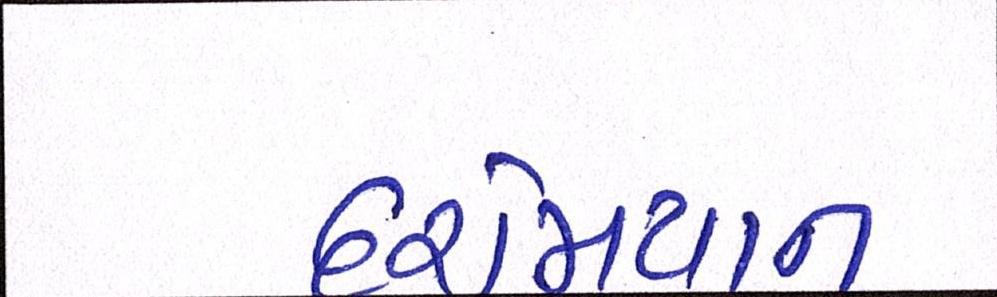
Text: દરમિયાન